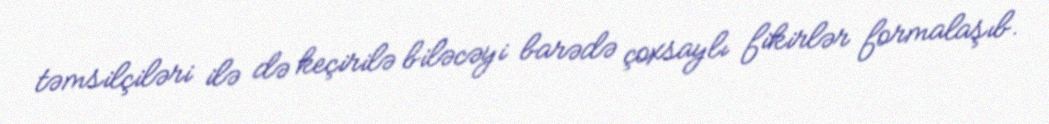
təmsilçiləri ilə də keçirilə biləcəyi barədə çoxsaylı fikirlər formalaşıb.